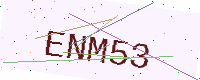
Text: ENM53